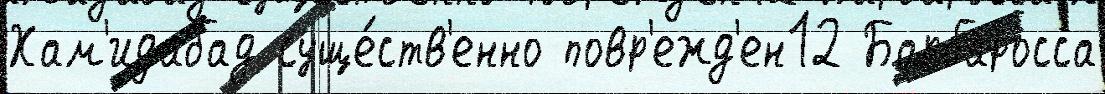
Хам'идабад суще́ств'енно повр'ежд'ен12 Барбаросса